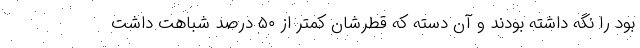
بود را نگه داشته بودند و آن دسته که قطرشان کمتر از ۵۰ درصد شباهت داشت